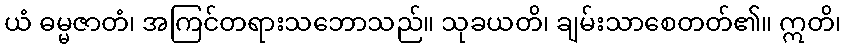
ယံ ဓမ္မဇာတံ၊ အကြင်တရားသဘောသည်။ သုခယတိ၊ ချမ်းသာစေတတ်၏။ ဣတိ၊